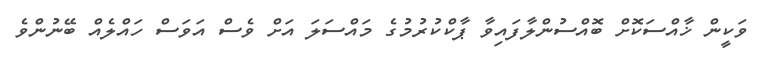
ވަކީން ޚާއްސަކޮށް ބޮއްސުންލާފައިވާ ޕާކްކުރުމުގެ މައްސަލަ އަށް ވެސް އަވަސް ހައްލެއް ބޭނުންވެ